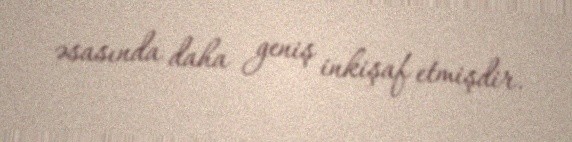
əsasında daha geniş inkişaf etmişdir.